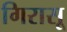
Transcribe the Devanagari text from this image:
गिरासू